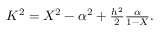
\begin{array} { r } { K ^ { 2 } = X ^ { 2 } - \alpha ^ { 2 } + \frac { h ^ { 2 } } { 2 } \frac { \alpha } { 1 - X } . } \end{array}